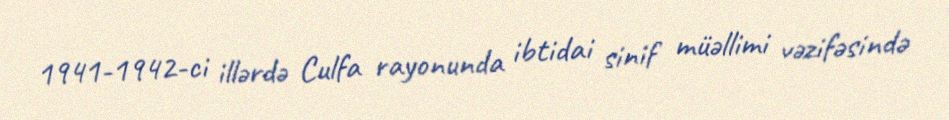
1941-1942-ci illərdə Culfa rayonunda ibtidai sinif müəllimi vəzifəsində